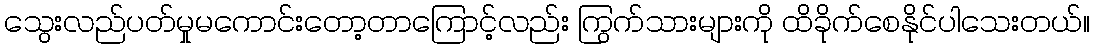
သွေးလည်ပတ်မှုမကောင်းတော့တာကြောင့်လည်း ကြွက်သားများကို ထိခိုက်စေနိုင်ပါသေးတယ်။